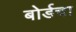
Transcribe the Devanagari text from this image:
बोर्डचा